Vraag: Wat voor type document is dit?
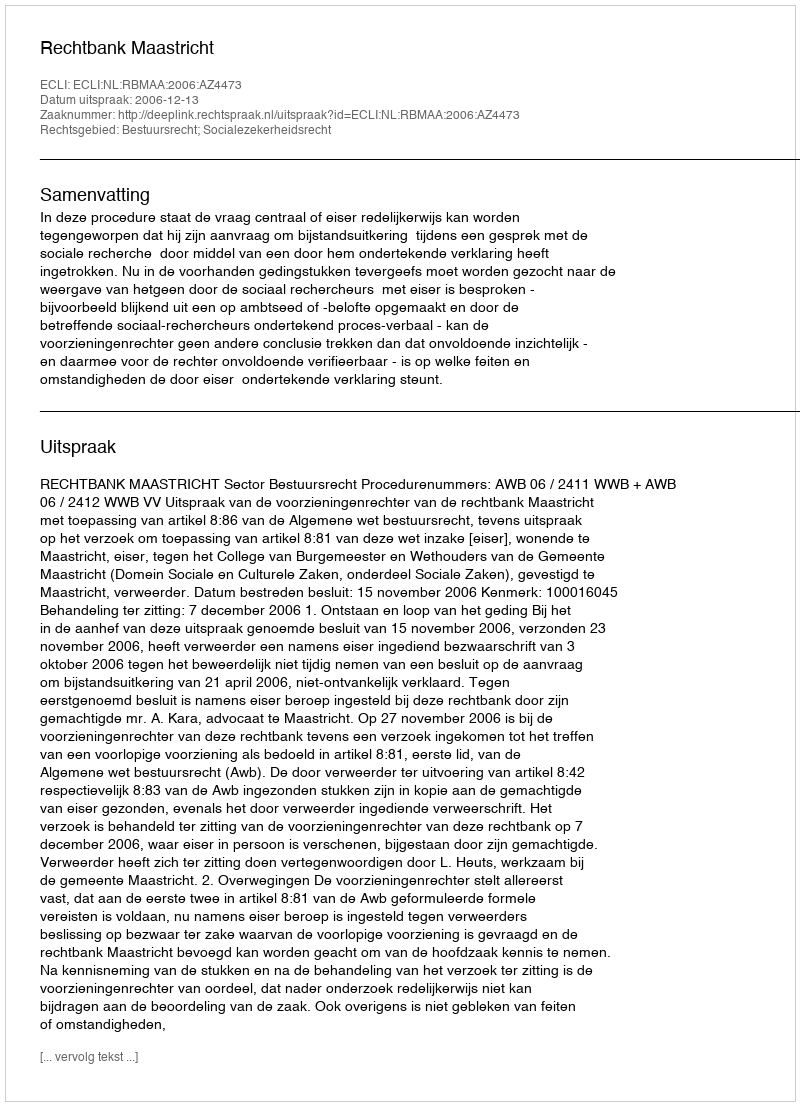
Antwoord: Uitspraak